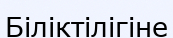
Біліктілігіне